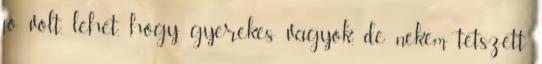
jó volt, lehet, hogy gyerekes vagyok, de nekem tetszett